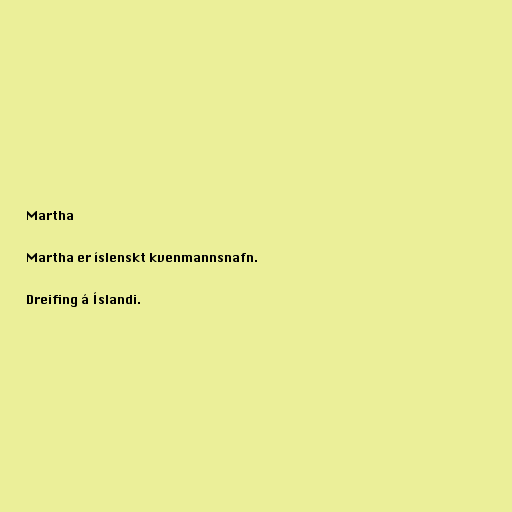
Martha

Martha er íslenskt kvenmannsnafn.

Dreifing á Íslandi.